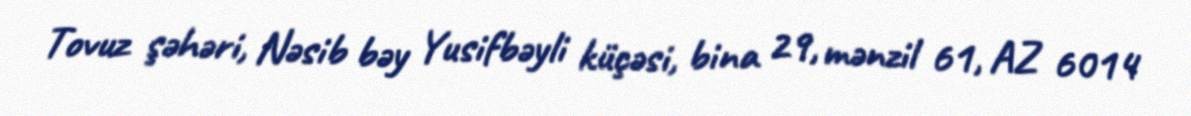
Tovuz şəhəri, Nəsib bəy Yusifbəyli küçəsi, bina 29, mənzil 61, AZ 6014